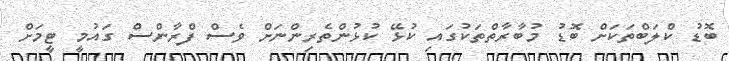
ބޮޑު ކްލަބްތަކަށް ބޮޑު މުބާރާތްތަކުގައި ކުޅޭ ކުޅުންތެރިންނަށް ވެސް ފްރާންސް ގައުމީ ޓީމަށް